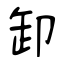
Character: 卸